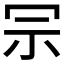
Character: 𠖀